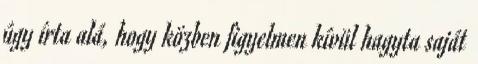
úgy írta alá, hogy közben figyelmen kívül hagyta saját